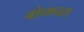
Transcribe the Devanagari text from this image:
बोव्मनस